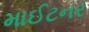
માઈટનર